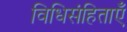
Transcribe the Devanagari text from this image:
विधिसंहिताएँ